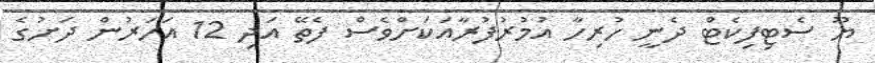
ޔޫ ސެޓިފިކެޓް ދެނީ ހުރިހާ އުމުރުފުރާއަކަށްވެސް ފެތޭ އަދި 12 އަހަރުން ދަށުގެ